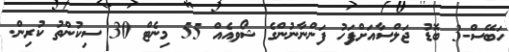
ހަބޭސް-3 ބޮޑު ޖަލްސާއަށްފަހު ފަންނާނުންގެ ޝޯވއެއް 55 މިނެޓް 30 ސިކުންތު ކުރިން.